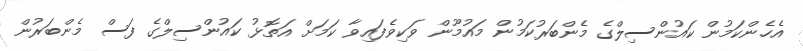
އެހެންކަމުން ކައުންސިލްގެ މެންބަރުކަމުން މައުމޫން ވަކިވެފައިވާ ކަމަށް އަތޮޅު ކައުންސިލްގެ ފަސް މެންބަރުން